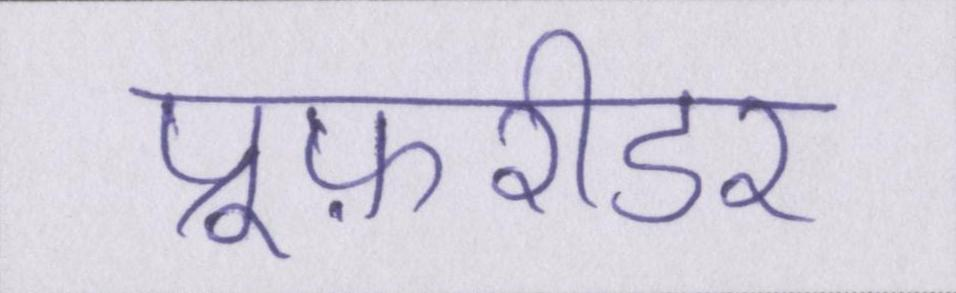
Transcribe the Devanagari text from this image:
प्रूफ़रीडर